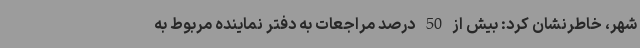
شهر، خاطرنشان کرد: بیش از 50 درصد مراجعات به دفتر نماینده مربوط به